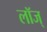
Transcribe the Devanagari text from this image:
लॉज्